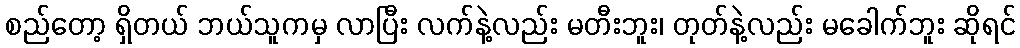
စည်တော့ ရှိတယ် ဘယ်သူကမှ လာပြီး လက်နဲ့လည်း မတီးဘူး၊ တုတ်နဲ့လည်း မခေါက်ဘူး ဆိုရင်